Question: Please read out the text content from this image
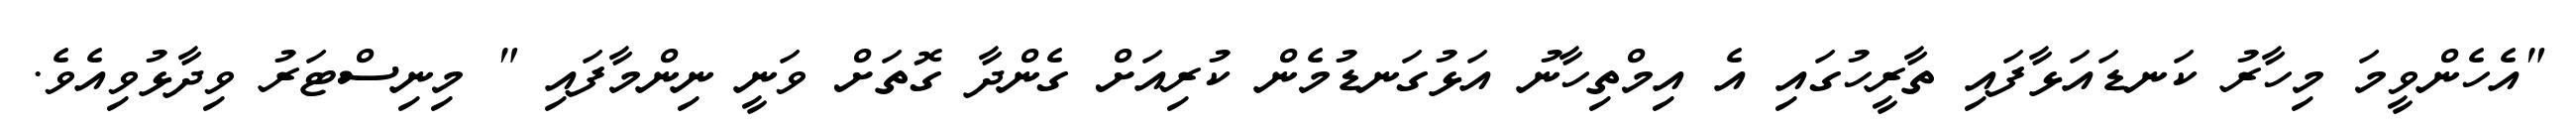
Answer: "އެހެންވީމަ މިހާރު ކަނޑައަޅާފައި ތާރީހުގައި އެ އިމްތިހާނު އަޅުގަނޑުމެން ކުރިއަށް ގެންދާ ގޮތަށް ވަނީ ނިންމާފައި " މިނިސްޓަރު ވިދާޅުވިއެވެ.